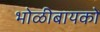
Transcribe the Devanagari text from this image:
भोळीबायको